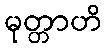
မုတ္တာဟိ